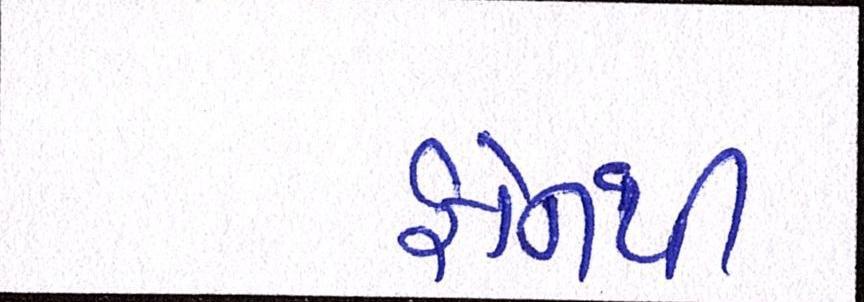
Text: ફોનથી